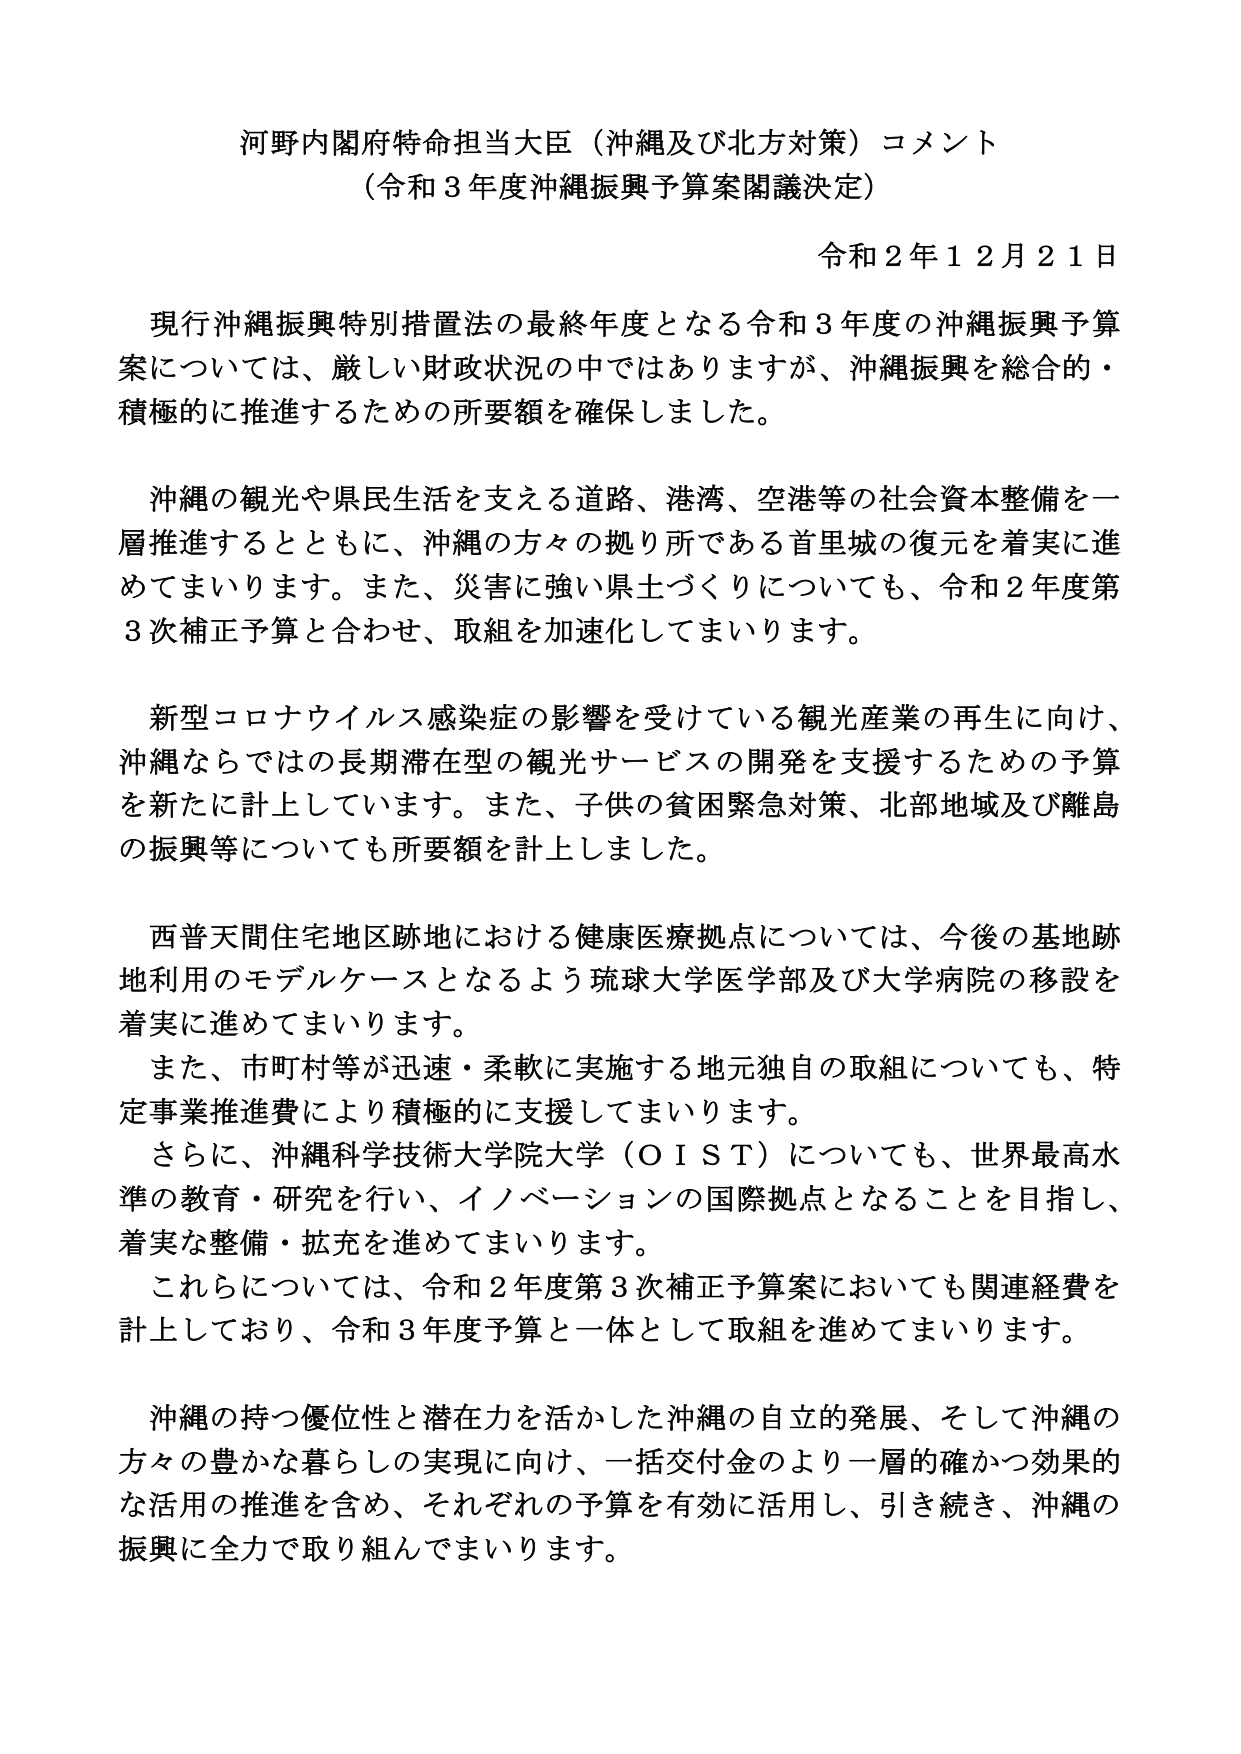
河野内閣府特命担当大臣（沖縄及び北方対策）コメント
（令和３年度沖縄振興予算案閣議決定）

令和２年１２月２１日

現行沖縄振興特別措置法の最終年度となる令和３年度の沖縄振興予算案については、厳しい財政状況の中ではありますが、沖縄振興を総合的・積極的に推進するための所要額を確保しました。

沖縄の観光や県民生活を支える道路、港湾、空港等の社会資本整備を一層推進するとともに、沖縄の方々の拠り所である首里城の復元を着実に進めてまいります。また、災害に強い県土づくりについても、令和２年度第３次補正予算と合わせ、取組を加速化してまいります。

新型コロナウイルス感染症の影響を受けている観光産業の再生に向け、沖縄ならではの長期滞在型の観光サービスの開発を支援するための予算を新たに計上しています。また、子供の貧困緊急対策、北部地域及び離島の振興等についても所要額を計上しました。

西普天間住宅地区跡地における健康医療拠点については、今後の基地跡地利用のモデルケースとなるよう琉球大学医学部及び大学病院の移設を着実に進めてまいります。
また、市町村等が迅速・柔軟に実施する地元独自の取組についても、特定事業推進費により積極的に支援してまいります。
さらに、沖縄科学技術大学院大学（ＯＩＳＴ）についても、世界最高水準の教育・研究を行い、イノベーションの国際拠点となることを目指し、着実な整備・拡充を進めてまいります。
これらについては、令和２年度第３次補正予算案においても関連経費を計上しており、令和３年度予算と一体として取組を進めてまいります。

沖縄の持つ優位性と潜在力を活かした沖縄の自立的発展、そして沖縄の方々の豊かな暮らしの実現に向け、一括交付金のより一層的確かつ効果的な活用の推進を含め、それぞれの予算を有効に活用し、引き続き、沖縄の振興に全力で取り組んでまいります。